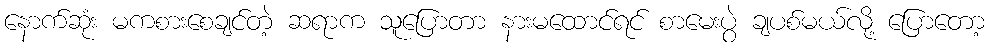
နောက်ဆုံး မကစားစေချင်တဲ့ ဆရာက သူပြောတာ နားမထောင်ရင် စာမေးပွဲ ချပစ်မယ်လို့ ပြောတော့